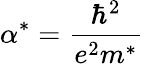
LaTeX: {\alpha}^{*}=\frac{{\hbar}^{2}}{e^{2}m^{*}}